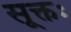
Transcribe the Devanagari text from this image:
सूक्तः